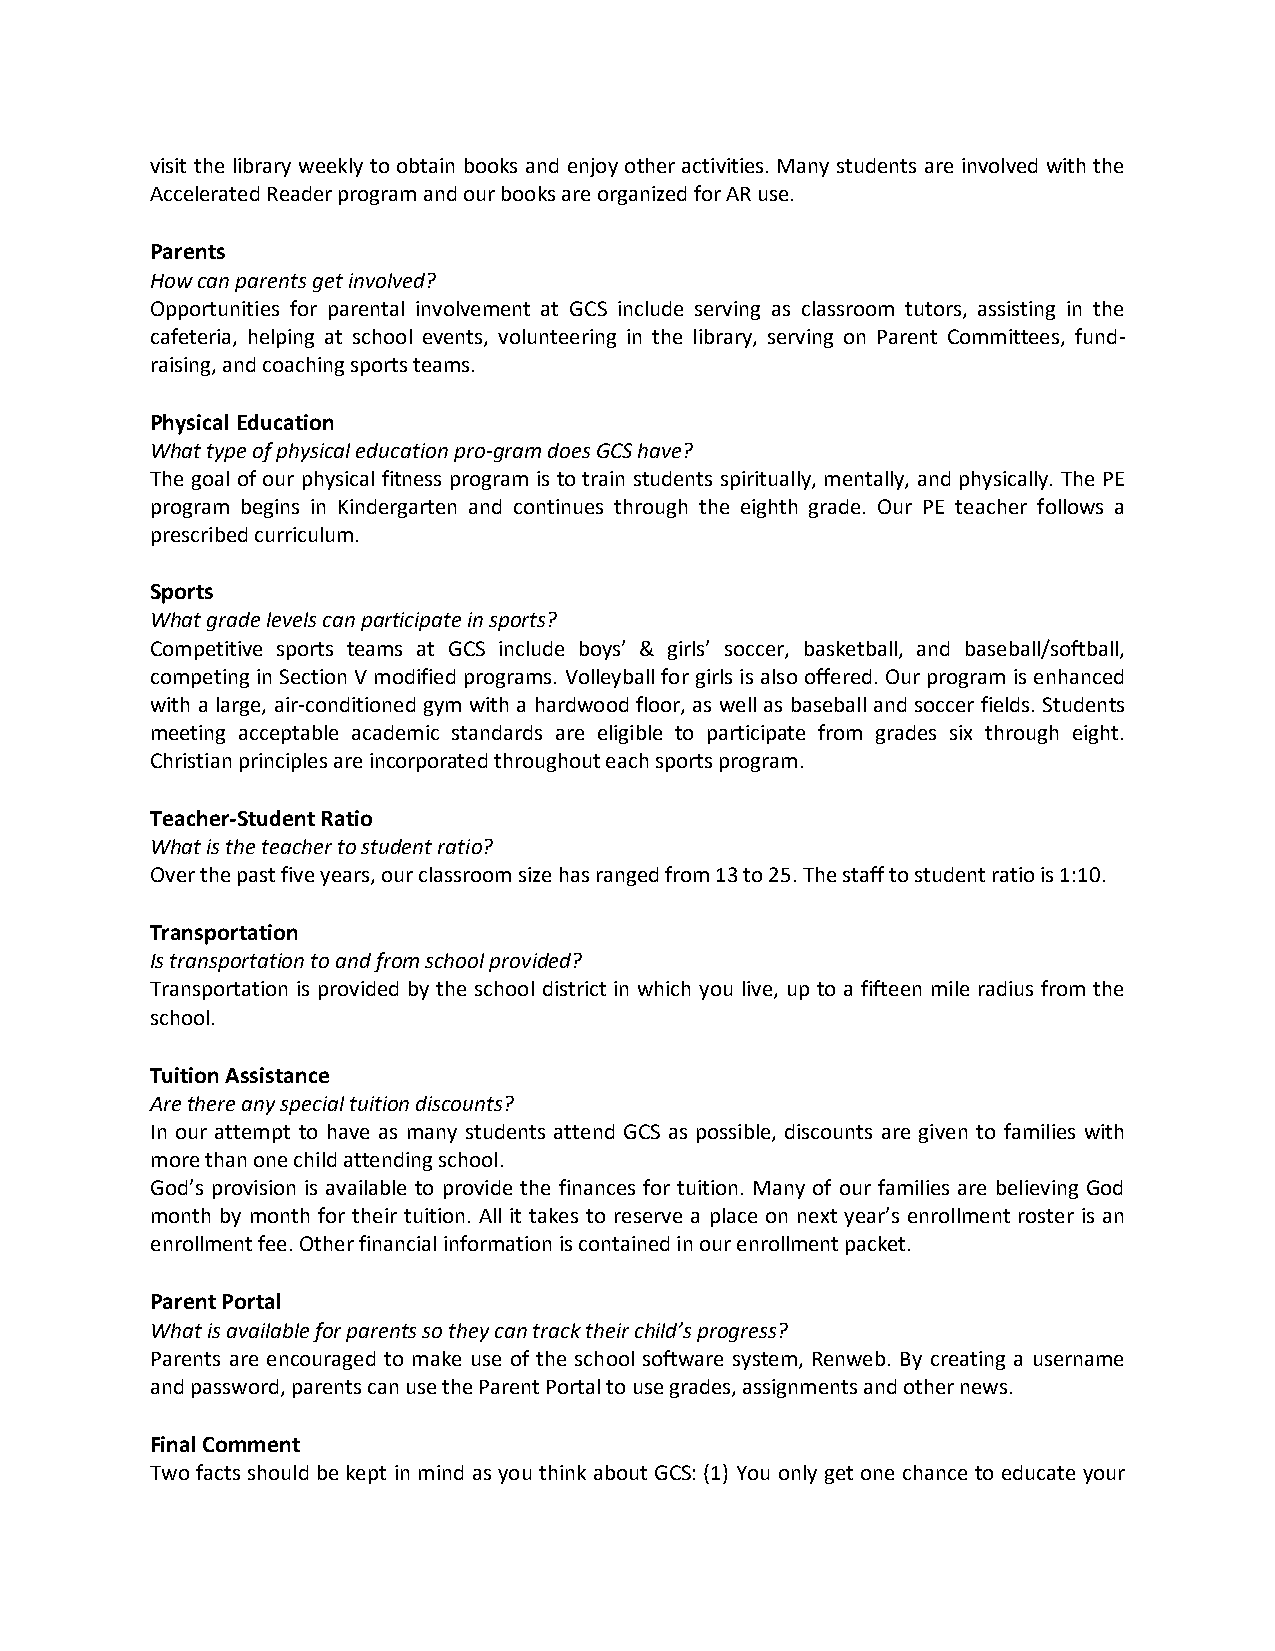
visit the library weekly to obtain books and enjoy other activities. Many students are involved with the
 Accelerated Reader program and our books are organized for AR use.
 Parents
 How can parents get involved?
 Opportunities for parental involvement at GCS include serving as classroom tutors, assisting in the
 cafeteria, helping at school events, volunteering in the library, serving on Parent Committees, fund-
 raising, and coaching sports teams.
 Physical Education
 What type of physical education pro-gram does GCS have?
 The goal of our physical fitness program is to train students spiritually, mentally, and physically. The PE
 program begins in Kindergarten and continues through the eighth grade. Our PE teacher follows a
 prescribed curriculum.
 Sports
 What grade levels can participate in sports?
 Competitive sports teams at GCS include boys’ & girls’ soccer, basketball, and baseball/softball,
 competing in Section V modified programs. Volleyball for girls is also offered. Our program is enhanced
 with a large, air-conditioned gym with a hardwood floor, as well as baseball and soccer fields. Students
 meeting acceptable academic standards are eligible to participate from grades six through eight.
 Christian principles are incorporated throughout each sports program.
 Teacher-Student Ratio
 What is the teacher to student ratio?
 Over the past five years, our classroom size has ranged from 13 to 25. The staff to student ratio is 1:10.
 Transportation
 Is transportation to and from school provided?
 Transportation is provided by the school district in which you live, up to a fifteen mile radius from the
 school.
 Tuition Assistance
 Are there any special tuition discounts?
 In our attempt to have as many students attend GCS as possible, discounts are given to families with
 more than one child attending school.
 God’s provision is available to provide the finances for tuition. Many of our families are believing God
 month by month for their tuition. All it takes to reserve a place on next year’s enrollment roster is an
 enrollment fee. Other financial information is contained in our enrollment packet.
 Parent Portal
 What is available for parents so they can track their child’s progress?
 Parents are encouraged to make use of the school software system, Renweb. By creating a username
 and password, parents can use the Parent Portal to use grades, assignments and other news.
 Final Comment
 Two facts should be kept in mind as you think about GCS: (1) You only get one chance to educate your